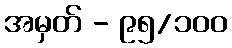
အမှတ် - ၉၅/၁၀၀